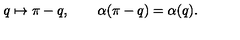
q \mapsto \pi - q , \qquad \alpha ( \pi - q ) = \alpha ( q ) .